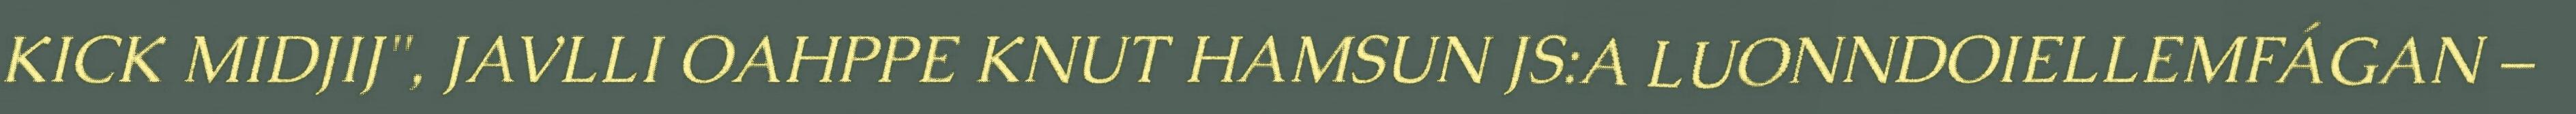
KICK MIDJIJ", JAVLLI OAHPPE KNUT HAMSUN JS:A LUONNDOIELLEMFÁGAN –